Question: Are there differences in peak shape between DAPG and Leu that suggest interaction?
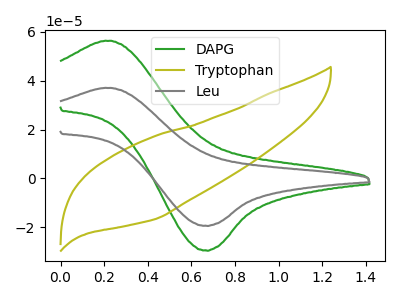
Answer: <think>The green curve "DAPG" has an anodic peak at (0.25V, 56.40uA) and a cathodic peak at (0.65V, -29.50uA). The olive curve "Tryptophan" has no peaks. The gray curve "Leu" has an anodic peak at (0.25V, 37.10uA) and a cathodic peak at (0.65V, -19.40uA).
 All the peaks in "DAPG" have a peak in "Leu" at the same potential. Every peak in "DAPG" is higher than every peak in "Leu".</think>
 <answer>No, "DAPG" and "Leu" don't appear to be significantly different in shape</answer>
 <eval>no_change</eval>